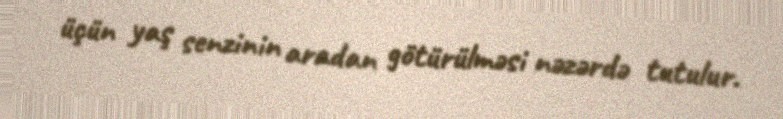
üçün yaş senzinin aradan götürülməsi nəzərdə tutulur.